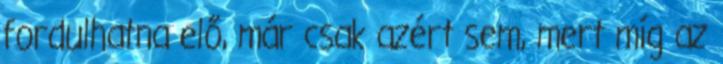
fordulhatna elő, már csak azért sem, mert míg az